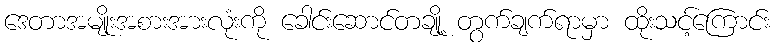
ဒေတာအမျိုးအစားအားလုံးကို ခေါင်းဆောင်တချို့ တွက်ချက်ရာမှာ ထိုးသင့်ကြောင်း